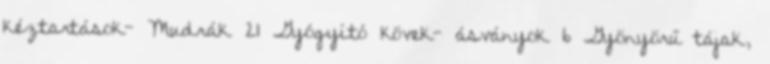
kéztartások- Mudrák 21 Gyógyító kövek- ásványok 6 Gyönyörű tájak,